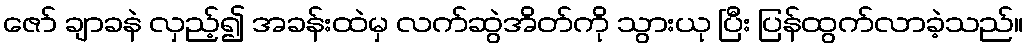
ဇော် ချာခနဲ လှည့်၍ အခန်းထဲမှ လက်ဆွဲအိတ်ကို သွားယု ပြီး ပြန်ထွက်လာခဲ့သည်။